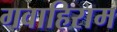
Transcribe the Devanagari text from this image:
गवाहिराम